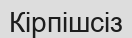
Кірпішсіз